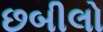
છબીલો